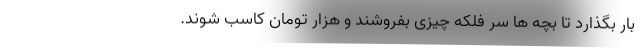
بار بگذارد تا بچه ها سر فلکه چیزی بفروشند و هزار تومان کاسب شوند.